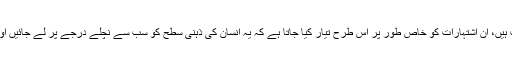
صارفین پر اثر انداز ہونے کا ایک براہ راست اور پُر اثر طریقہ اشتہارات ہیں، ان اشتہارات کو خاص طور پر اس طرح تیار کیا جاتا ہے کہ یہ انسان کی ذہنی سطح کو سب سے نچلے درجے پر لے جائیں اور انسان ہر اس چیز کو حاصل کرنے کی خواہش کرے جسے وہ دیکھے۔